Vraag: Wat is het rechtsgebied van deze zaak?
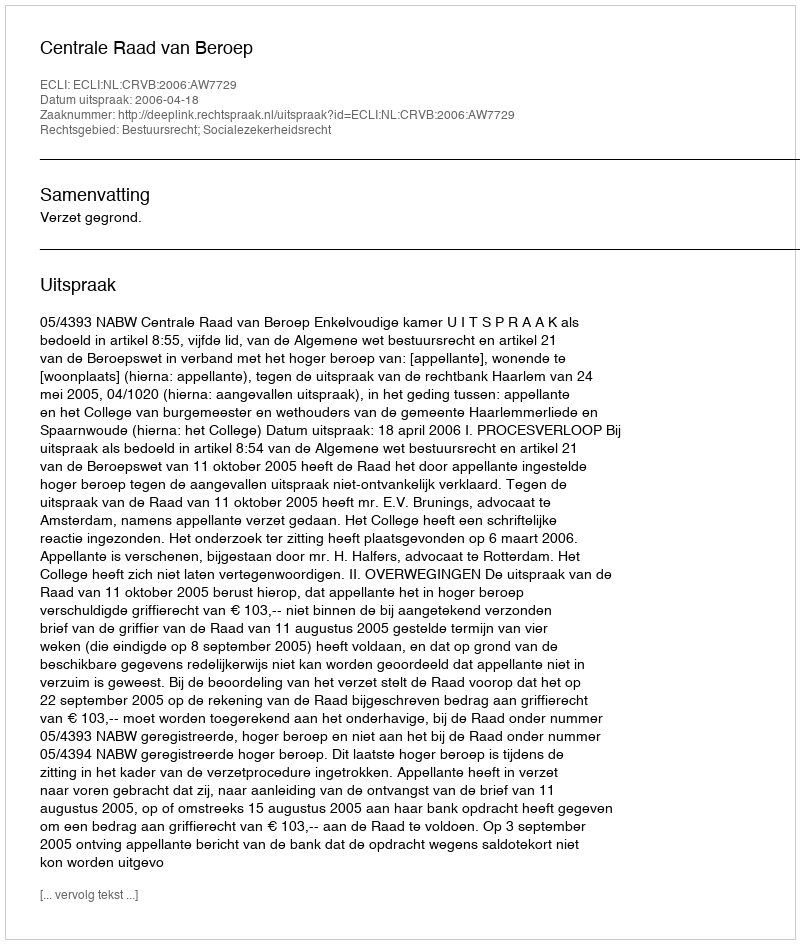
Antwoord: Bestuursrecht; Socialezekerheidsrecht